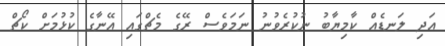
އަދި ލަނޑެއް ކާމިޔާބު ނުކުރެވުނު ނަމަވެސް ރޭގެ މެޗްގައި އޭނާގެ ކުޅުމަށް ކޯޗް